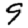
Digit: 9